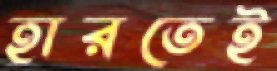
হারতেই